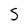
Character: S